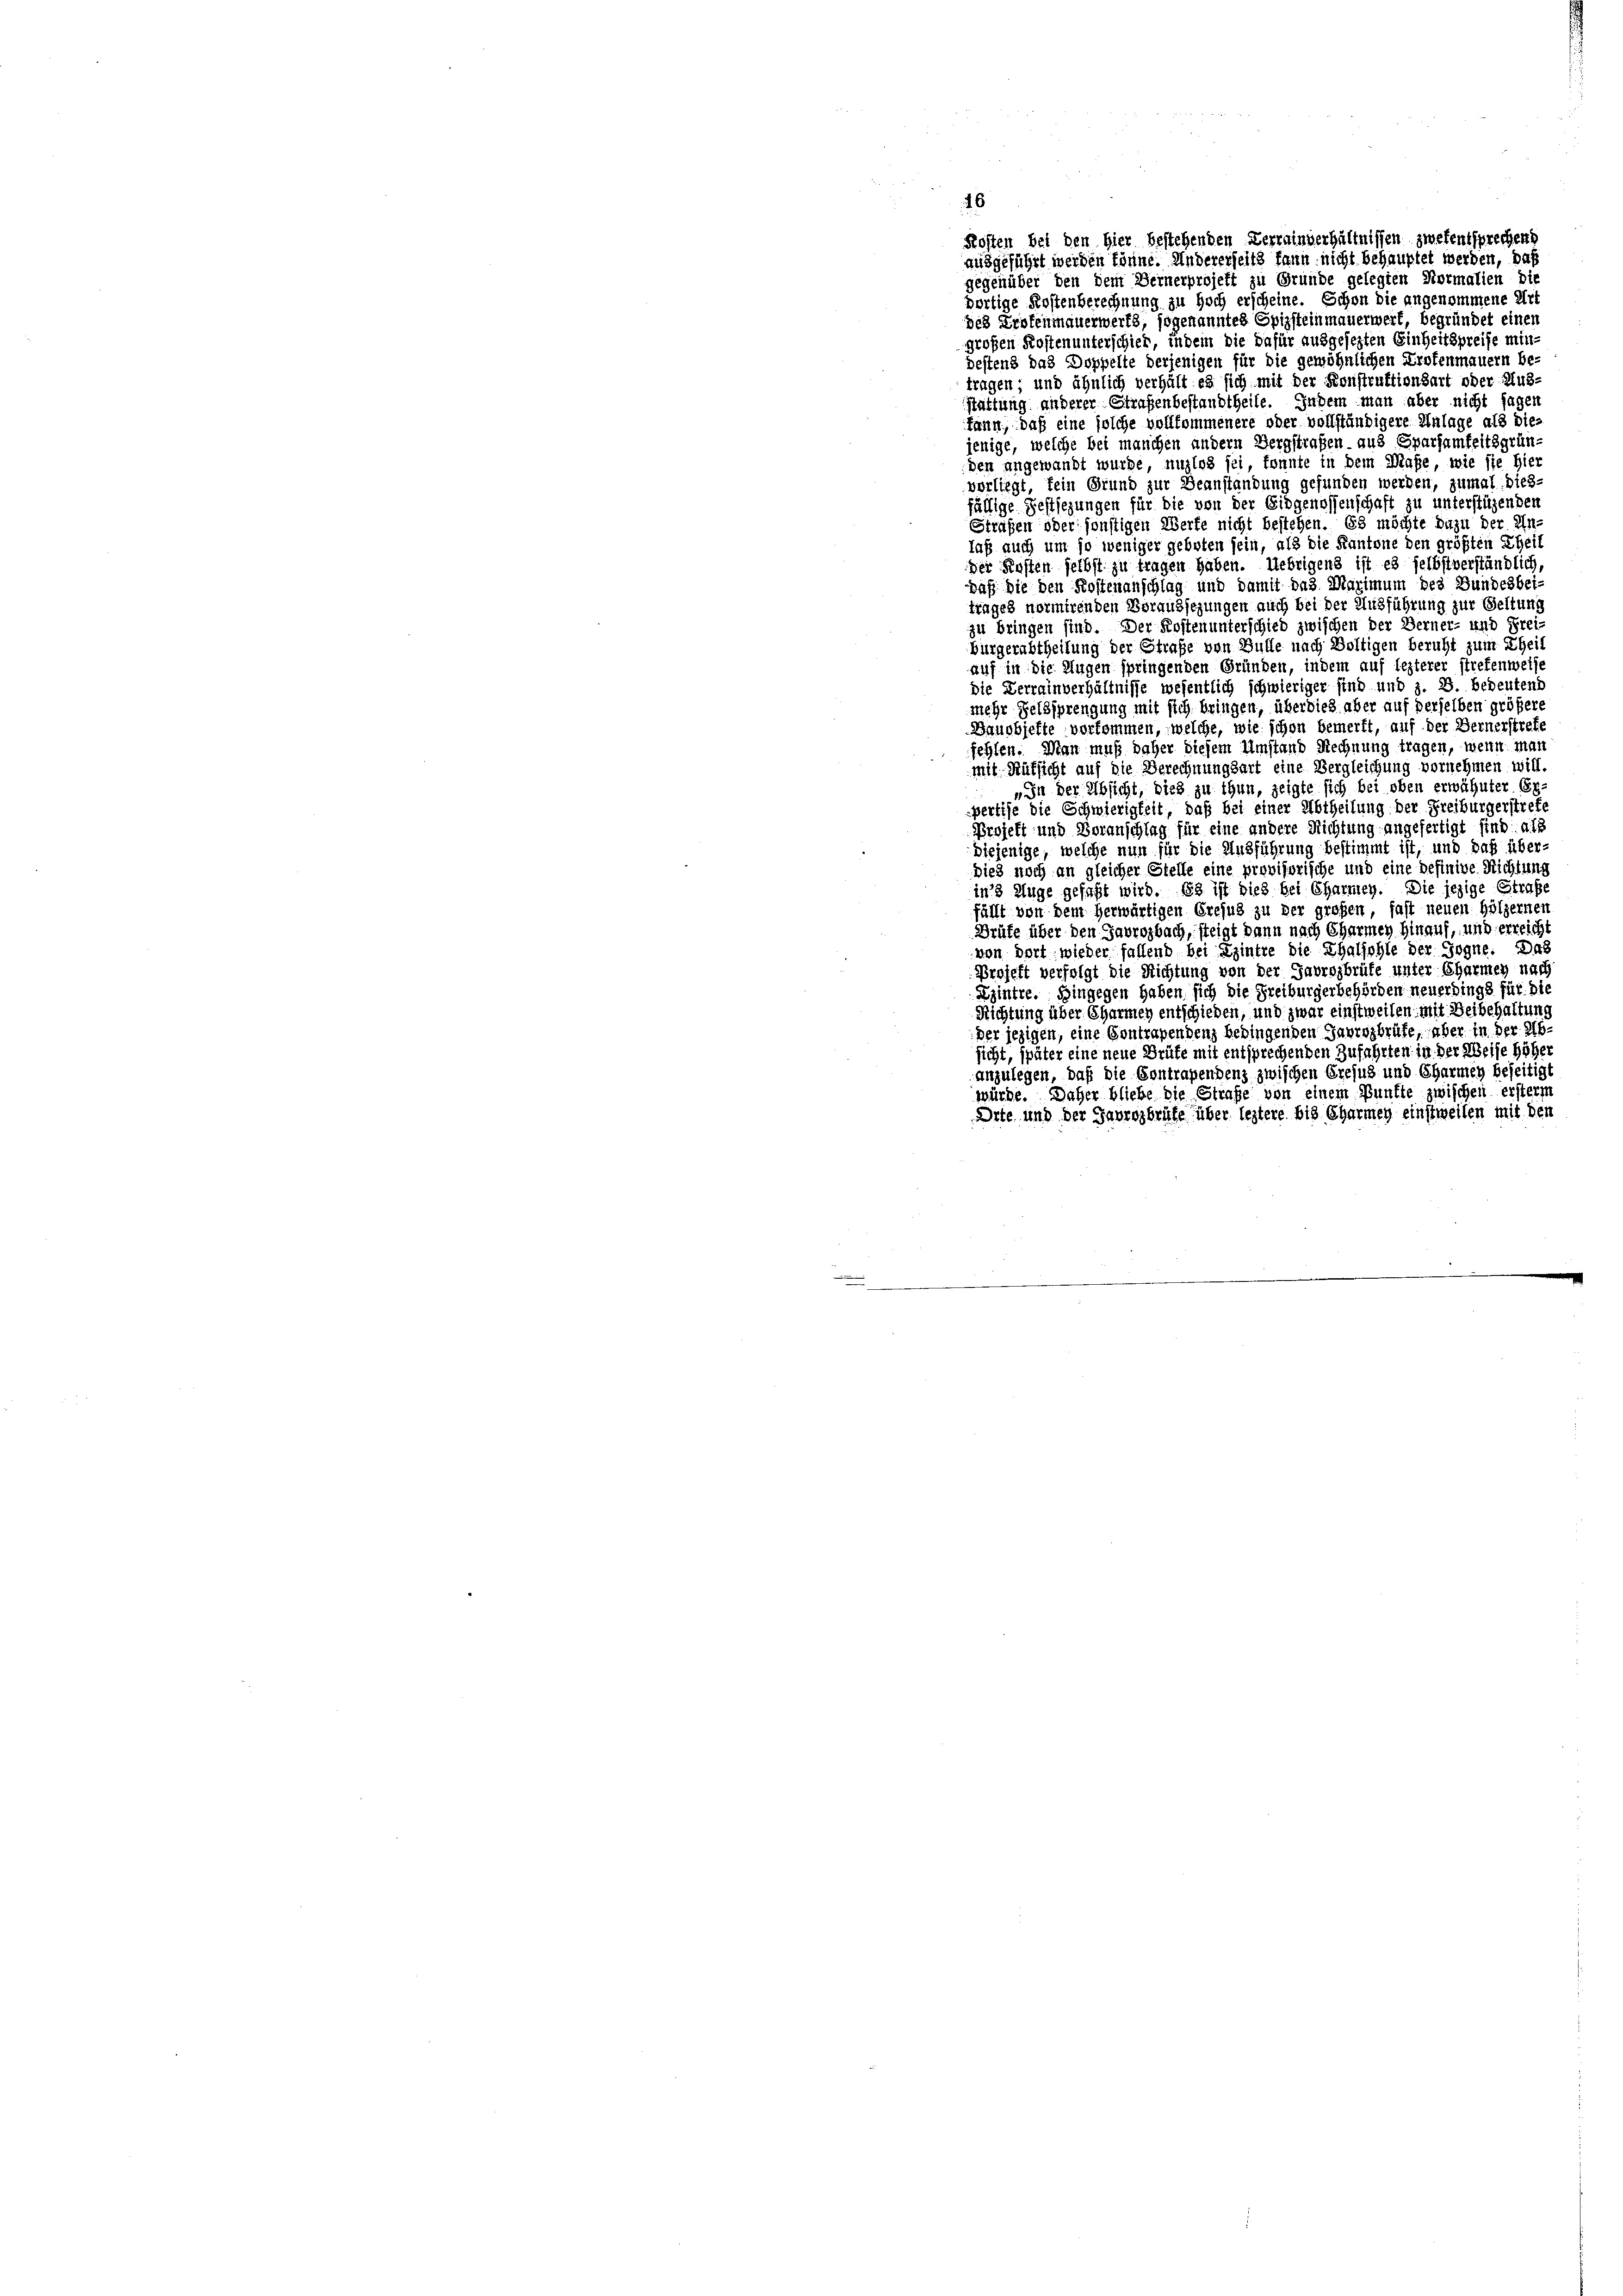
Kosten bei den Hier bestehenden Zerrainverhältnissen zwekentsprechend
ausgeführt werden könne. Andererseits kann nicht behauptet werden, daß
gegenüber den dem Bernerprojekt zu Grunde gelegten Normalien die
bortige Kostenberechnung zu hoch erscheine. Schon die angenommene Art
pes Protenmauerwerts, sogenanntes Spizsteinmauerwert, begründet einen
großen Kosten unterschied, indem die dafür ausgesezten Einheitspreise min
destens das Doppelte derjenigen für die gewöhnlichen Profenmauern be-
tragen; und ähnlich verhält es sich mit der Konstruktionsart oder Aus-
stattung anderer Straßenbestandtheile. Indem man aber nicht sagen
kann, daß eine solche vollkommenere oder vollständigere Anlage als die-
jenige, welche bei manchen andern Bergstrafen aus Sparsamkeitsgrün
den angewandt wurde, unglos sei, konnte in dem Maße, wie sie hier
vorliegt, fein Grund zur Beanstandung gefunden werden, zumal dies-
fällige Festsezungen für die von der Eidgenossenschaft zu unterstützender
Straßen oder sonstigen Werfe nicht bestehen. Es möchte dazu der Un
laß auch um so weniger geboten sein, als die Kantone den größten Theil
der Kosten selbst zu tragen haben. Uebrigens ist es selbst verständlich,
paß die den Kostenanschlag und damit das Maximum des Bundesbeitrages normirenden Voraussezungen auch bei der Ausführung zur Geltung
zu bringen sind. Der Kosten unterschied zwischen der Berner- und Frei
Bürgerabtheilung der Straße von Bulle nach Boltigen beruht zum Theil
auf in die Augen springenden Gründen, indem auf lezterer stretenweise
die Verrainverhältnisse wesentlich schwieriger sind und z. B. Bedeutend
mehr Selbsprengung mit sich bringen, über dies aber auf derselben größer
Bauobjefte vorkommen, welche, wie schon bemerkt, auf der Bernerstrete
fehlen. Man muß daher diesem Umstand Rechnung tragen, wenn man
mit Rüksicht auf die Berechnungsart eine Vergleichung vornehmen will.
„In der Absicht, dies zu thun, zeigte sich bei oben erwähnter 68.
pertise die Schwierigkeit, daß bei einer Abtheilung der Freiburgerstrefe
Projekt und Voranschlag für eine andere Richtung angefertigt sind als
diejenige, welche nun für die Ausführung bestimmt ist, und das über-
dies noch an gleicher Stelle eine provisorische und eine definive Richtung
in 3 Auge gefaßt wird. Es ist dies bei Charmen. Die jezige Straße
fällt von dem herwärtigen Grejus zu der großen, fast neuen Hölzernen
Grüfe über den Javrozbach, steigt dann nach Charmen hinauf, und erreicht
von dort, wieder fallend bei Eintre die Thalhohle der Gogne. Das
Projekt verfolgt die Richtung von der Gabrozbrüte unter Charmen nach
Eintre. Hingegen haben, sich die Freiburgerbehörden neuerdings für die
Richtung über Charmey entschieden, und zwar einstweilen mit Beibehaltung
der jezigen, eine Contragendenz bedingenden Javrozbrüfe, aber in der Absicht, später eine neue Grüte mit entsprechenden Zufahrten in der Weise höher
anzulegen, daß die Contragendenz zwischen Erejus und Charmen beseitigt
würde. Daher bliebe die Strafe von einem Bunfte zwischen ersterm
Orte und der Gabrogbrüfe über leztere bis Charmey einstweilen mit den